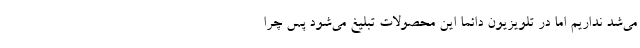
می‌شد نداریم اما در تلویزیون دائما این محصولات تبلیغ می‌شود پس چرا